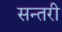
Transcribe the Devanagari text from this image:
सन्तरी